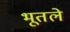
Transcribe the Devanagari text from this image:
भूतले